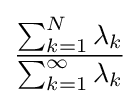
{\frac {\sum _{k=1}^{N}\lambda _{k}}{\sum _{k=1}^{\infty }\lambda _{k}}}